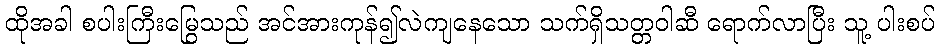
ထိုအခါ စပါးကြီးမြွေသည် အင်အားကုန်၍လဲကျနေသော သက်ရှိသတ္တဝါဆီ ရောက်လာပြီး သူ့ ပါးစပ်